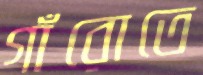
গাঁরোতে